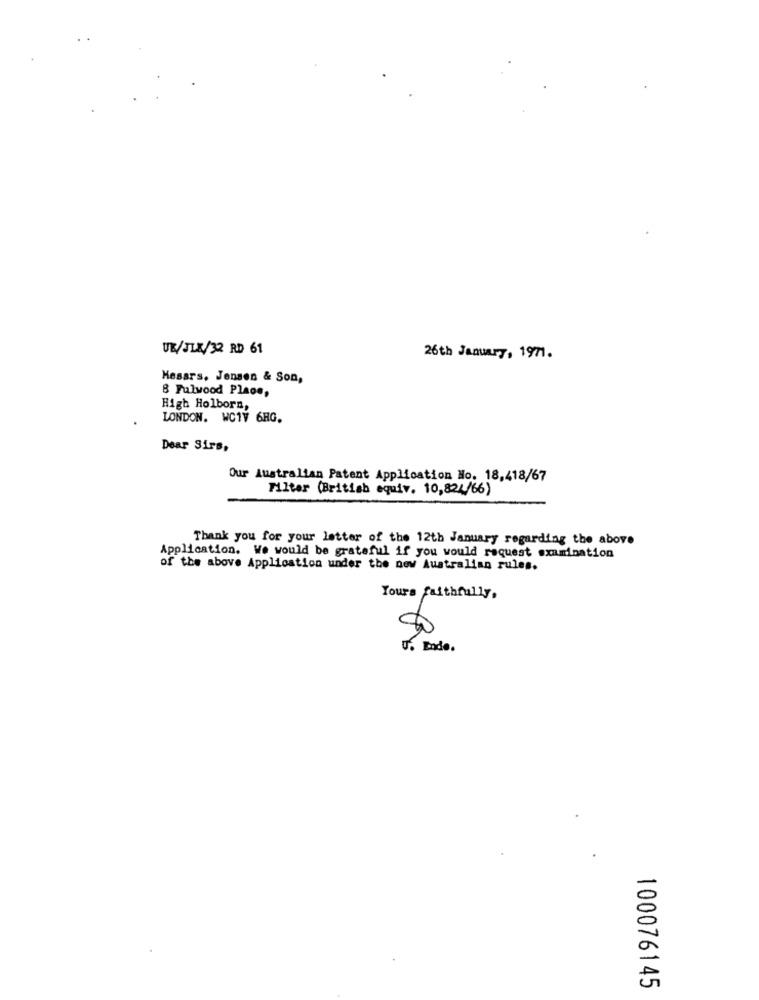
UE/JLX/32 RD 61
26th January, 1971.
Hesars, Jensen & Son,
8 Fulwood Place,
High Holborn,
LONDON. WC1V 6RG.
Dear Sirs,
Our Australian Patent Application No. 18,418/67
Filter (British equiv. 10,824/66)
Thank you for your letter of the 12th January regarding the above
Application. We would be grateful if you would request examination
of the above Application under the new Australian rules.
Yours faithfully,
$0
U. Ende.
100076145